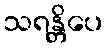
သရန္တိပေ